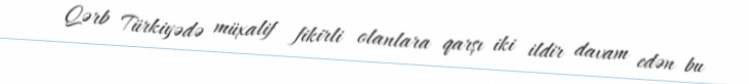
Qərb Türkiyədə müxalif fikirli olanlara qarşı iki ildir davam edən bu